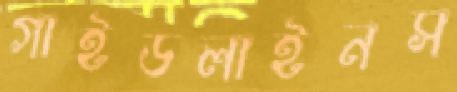
গাইডলাইনস